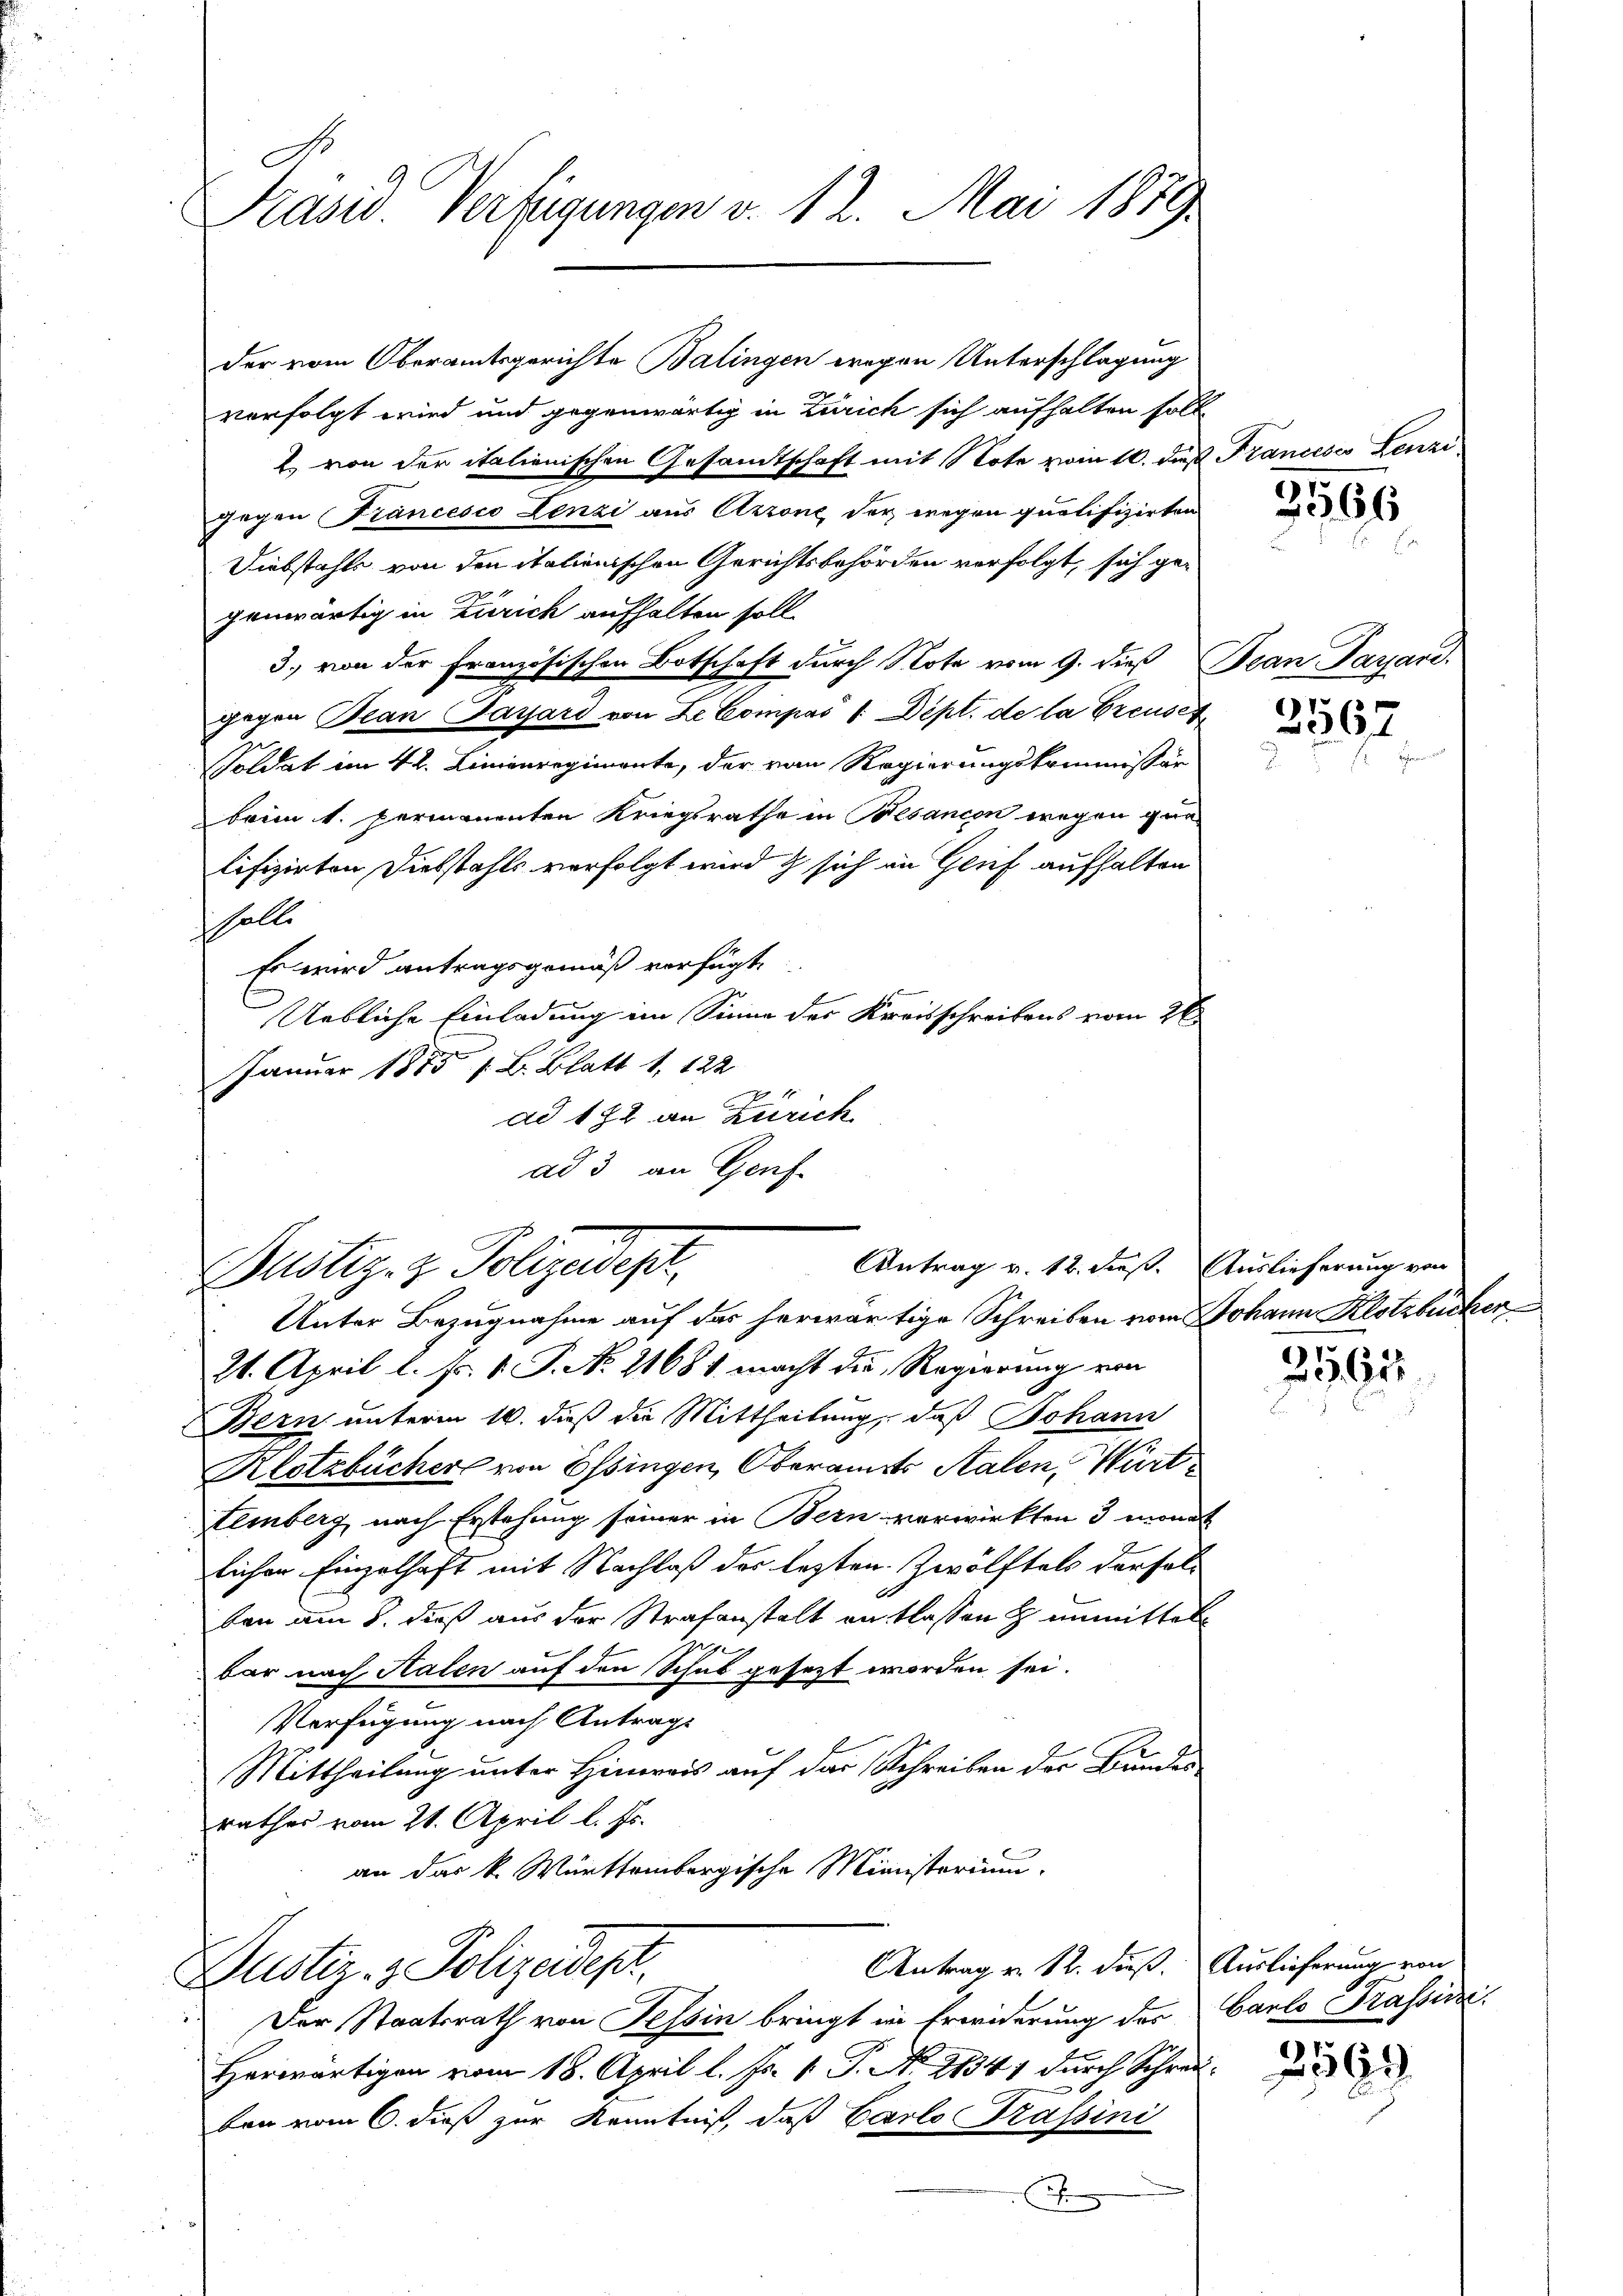
Präsid. Verfügungen v. 12. Mai 1879.

Antrag v. 12. dieß. Auslieferung von
Justiz- & Polizeidept.

verfolgt wird und gegenwärtig in Zürich sich aufhalten solle
2 von der italienischen Gesandtschaft mit Note vom 16. daß Francesc
gegen Francesco Lenzi aus Azzone, der wegen quotifizirten
Diebstahls von den italienischen Gerichtsbehörden verfolgt, sich gegenwärtig in Zürich aufhalten soll.
3., von der Französischen Botschaft durch Note vom 9. dieß Bean Parand
gegen Bean Payard von Le Compas 1. Dept. de la Greuser
Goldat im 42. Linienregimente, der von Regierungskommissär
beim k. permanenten Kriegsrathe in Besancen wegen gra-
lifizirten Diebstahls verfolgt wird & sich in Grief aufhalten.
holte
Es wird antragsgemäß verfügt,
Uebliche Einladung im Sinne des Kreisschreibens vom 26
Januar 1855 s. B. Blatt 1, 122
ad 1872 an Zürich
ad 3 an Genf

Unter Bezugnahme auf das herwärtige Schreiben vom Johann Klotzbüchen
21. April l. Fs. 1. P. No. 21681 macht die Regierung von
Bern unterm 16. dieß die Mittheilung, daß Johann
Klotzbücher von Essingen, Oberamts Stalen, Würt
Lemberg, nach Erstehung seiner in Bern verwirkten 3 monat
lichen Einzelhaft mit Nachlaß des lezten Zwölftels derfol
ban am 8. dieß aus der Strafanstalt entlassen h unmittels
un
bar nach Kalen auf den Schub gesezt worden sei.
Verfügung nach Antrags
Mittheilung unter Hinweis auf das Schreiben der Bundes
rathes vom 21. April l. Js.
an das k. Württembergische Ministerium.
Antrag v. 12. dieß. Auslieferung von
Dustiz- & Polizeidepr
Der Staatsrath von Tessin bringt in Erwiderung des Carlo Prassini.
Herwärtigen vom 18. April l. Js. v. P. N. 21341 durch Schreiben vom 6. dieß zur Kenntniß, daß Carlo Kassini
J

der vom Oberamtsgerichte Balingen wegen Unterschlagung

2596

Loren.

3567

3562

2163